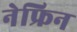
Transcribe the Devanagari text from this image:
नेफ्रिन